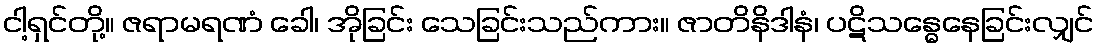
ငါ့ရှင်တို့။ ဇရာမရဏံ ခေါ၊ အိုခြင်း သေခြင်းသည်ကား။ ဇာတိနိဒါနံ၊ ပဋိသန္ဓေနေခြင်းလျှင်